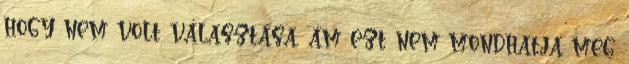
hogy nem volt választása, ám ezt nem mondhatja meg